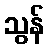
သွန်